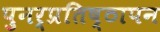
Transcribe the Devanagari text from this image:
पुनर्प्रतिष्ठापन